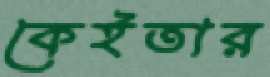
কেইতার